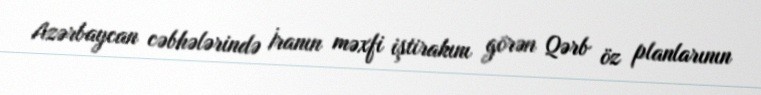
Azərbaycan cəbhələrində İranın məxfi iştirakını görən Qərb öz planlarının